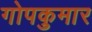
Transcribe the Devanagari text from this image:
गोपकुमार